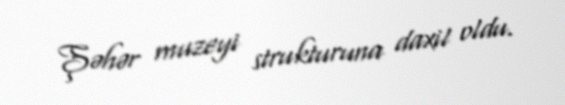
Şəhər muzeyi strukturuna daxil oldu.